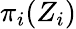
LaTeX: \pi_{i}(Z_{i})